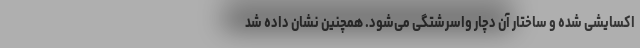
اکسایشی شده و ساختار آن دچار واسرشتگی می‌شود. همچنین نشان داده شد